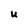
Character: U